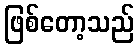
ဖြစ်တော့သည်